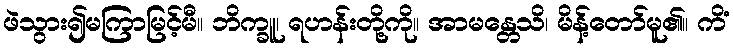
ဖဲသွား၍မကြာမြင့်မီ။ ဘိက္ခူ၊ ရဟန်းတို့ကို။ အာမန္တေသိ၊ မိန့်တော်မူ၏။ ကိံ